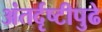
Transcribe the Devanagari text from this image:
अंतर्दृष्टीपुढे